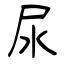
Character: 尿